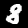
Label: 8